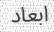
ابعاد